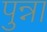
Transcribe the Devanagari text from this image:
पुन्ना